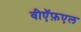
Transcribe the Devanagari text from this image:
वीऍफ़एल